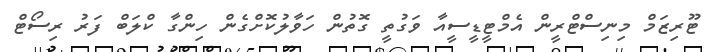
ޓޫރިޒަމް މިނިސްޓްރީން އެމްޓީޑީސީއާ ވަގުތީ ގޮތުން ހަވާލުކޮށްގެން ހިންގާ ކްލަބް ފަރު ރިސޯޓް